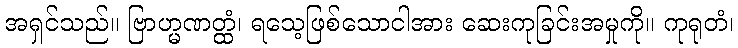
အရှင်သည်။ ဗြာဟ္မဏတ္ထံ၊ ရသေ့ဖြစ်သောငါအား ဆေးကုခြင်းအမှုကို။ ကုရုတံ၊